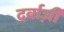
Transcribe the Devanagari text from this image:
दर्वाज़ी